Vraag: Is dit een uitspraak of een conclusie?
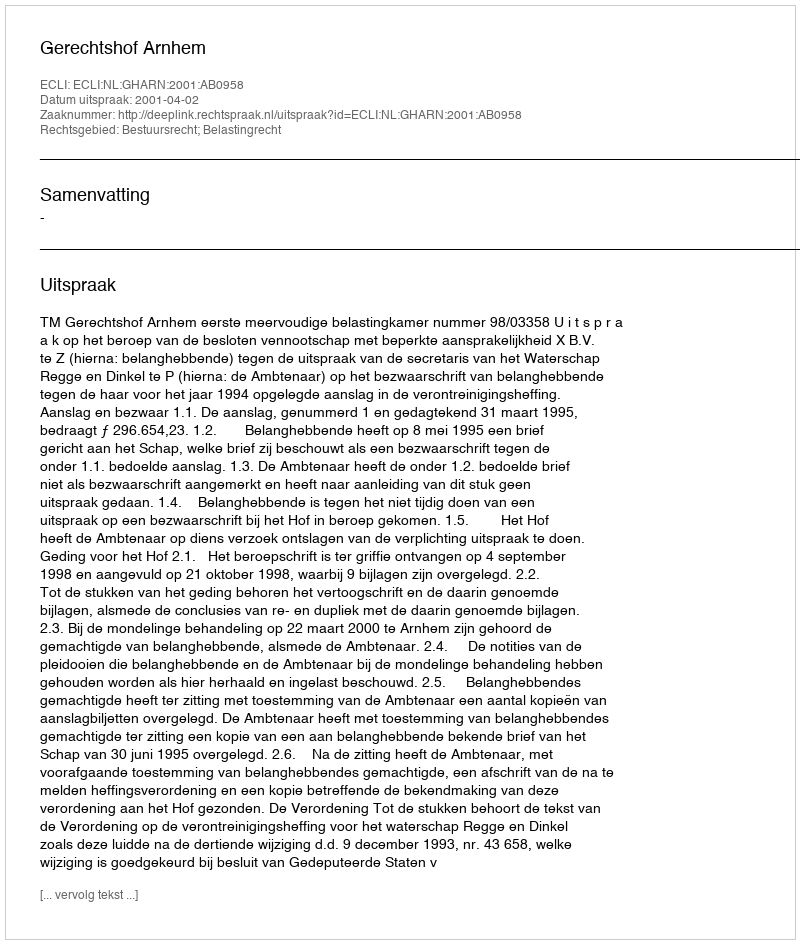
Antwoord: Uitspraak